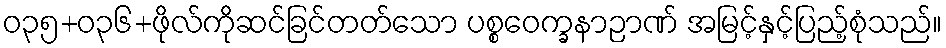
ဝ၃၅+၀၃၆+ဖိုလ်ကိုဆင်ခြင်တတ်သော ပစ္စဝေက္ခနာဉာဏ် အမြင့်နှင့်ပြည့်စုံသည်။